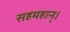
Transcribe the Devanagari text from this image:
सहमहान्।